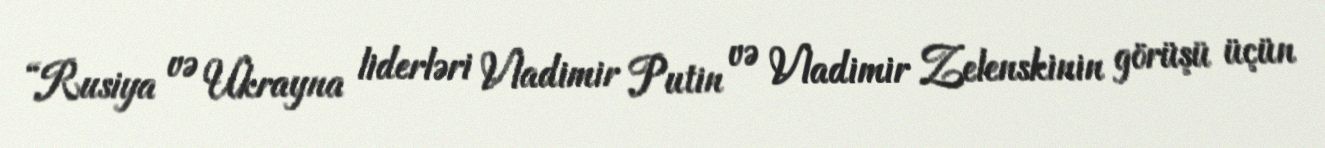
“Rusiya və Ukrayna liderləri Vladimir Putin və Vladimir Zelenskinin görüşü üçün